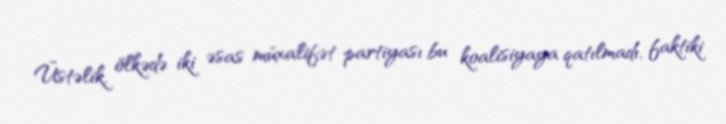
Üstəlik, ölkədə iki əsas müxalifət partiyası bu koalisiyaya qatılmadı, faktiki